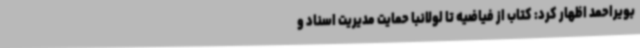
بویراحمد اظهار کرد: کتاب از فیاضیه تا لولانبا حمایت مدیریت اسناد و